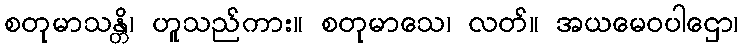
စတုမာသန္တိ၊ ဟူသည်ကား။ စတုမာသေ၊ လတ်။ အယမေဝပါဌော၊